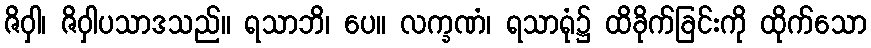
ဇိဝှါ၊ ဇိဝှါပသာဒသည်။ ရသာဘိ၊ ပေ။ လက္ခဏံ၊ ရသာရုံ၌ ထိခိုက်ခြင်းကို ထိုက်သော